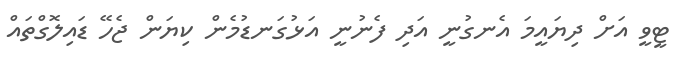
ޓީވީ އަށް ދިޔައީމަ އެނގުނީ އަދި ފެނުނީ އަޅުގަނޑުމެން ކިޔަން ޖެހޭ ޑައިލޮގްތައް